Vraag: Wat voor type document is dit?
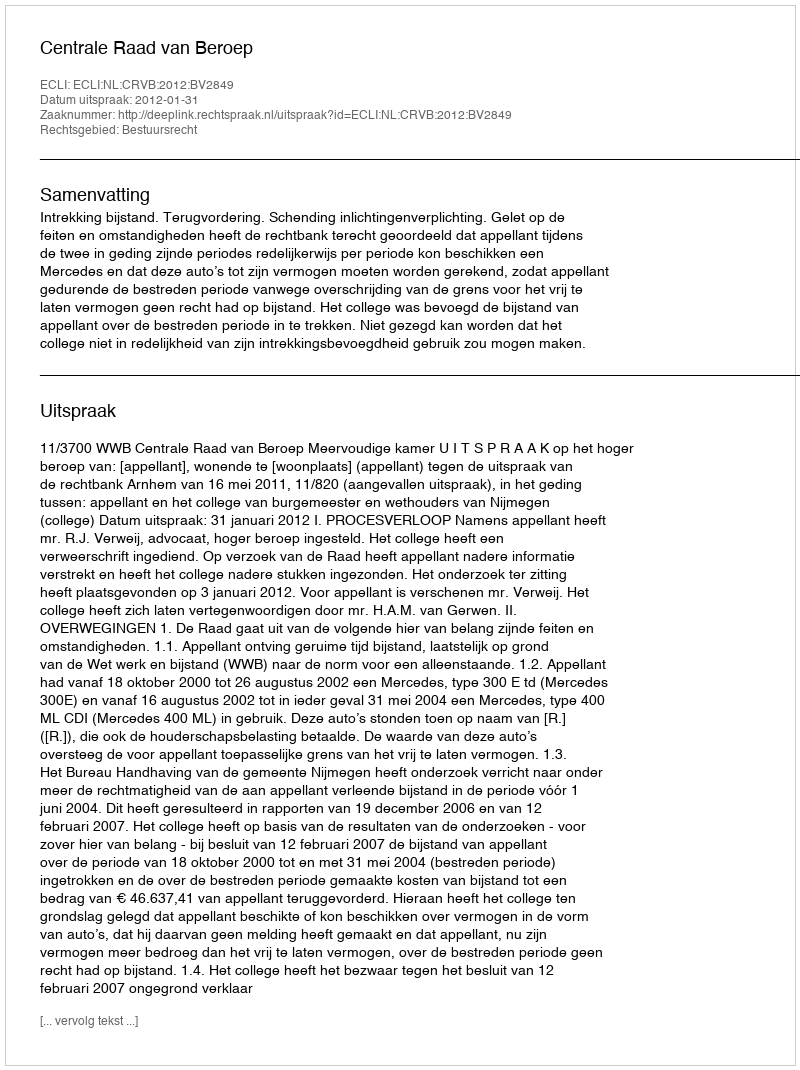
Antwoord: Uitspraak